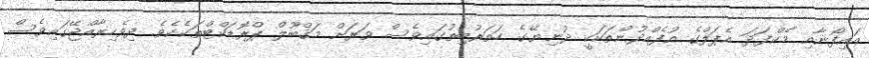
އައިފޯނާއި މެކްފަދަ އެޕަލްގެ އުފެއްދުންތަކަކީ ދުނިޔޭގެ ހަތަރުބިތުގައިވެސް ވަރަށް މަޤްބޫލް ޕްރޮޑަކްޓްތަކެކެވެ. ދިވެހިރާއްޖޭގައިވެސް